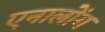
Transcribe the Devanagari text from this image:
एनालोंग